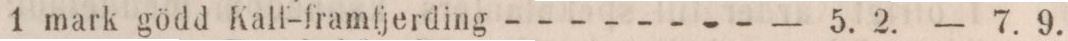
1 mark gödd Kalf-framfjerding - - - - - - - -    — 5. 2.    — 7. 9.